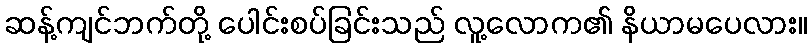
ဆန့်ကျင်ဘက်တို့ ပေါင်းစပ်ခြင်းသည် လူ့လောက၏ နိယာမပေလား။